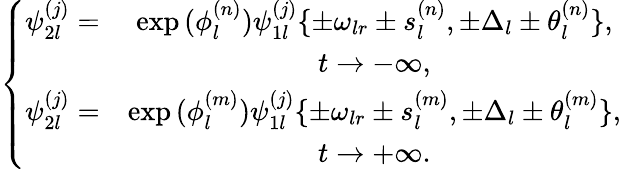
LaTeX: \begin{array}{r}{\left\{ \begin{array}{ccc}{\psi_{2l}^{(j)}=}&{\exp{(\phi_{l}^{(n)})}\psi_{1l}^{(j)}\{ \pm\omega_{lr}\pm s_{l}^{(n)},\pm\Delta_{l}\pm\theta_{l}^{(n)}\} ,}\\ &{t\rightarrow-\infty,}\\ {\psi_{2l}^{(j)}=}&{\exp{(\phi_{l}^{(m)})}\psi_{1l}^{(j)}\{ \pm\omega_{lr}\pm s_{l}^{(m)},\pm\Delta_{l}\pm\theta_{l}^{(m)}\} ,}\\ &{t\rightarrow+\infty.}\end{array}\right.}\end{array}